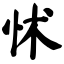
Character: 怵